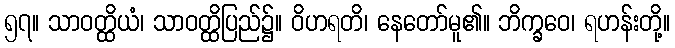
၅၇။ သာဝတ္ထိယံ၊ သာဝတ္ထိပြည်၌။ ဝိဟရတိ၊ နေတော်မူ၏။ ဘိက္ခဝေ၊ ရဟန်းတို့။